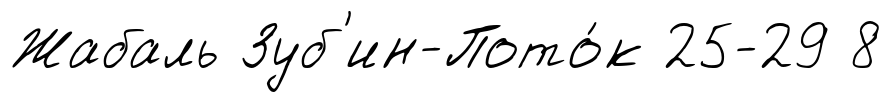
Жабаль Зуб'ин-Пото́к 25-29 8